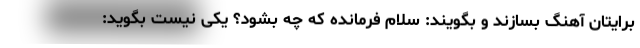
برایتان آهنگ بسازند و بگویند: سلام فرمانده که چه بشود؟ یکی نیست بگوید: